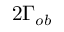
2 \Gamma _ { o b }